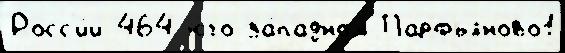
Росс'и́и 464 ю́го-за́падном Парфьяново1